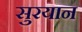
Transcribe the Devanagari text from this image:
सुरयान